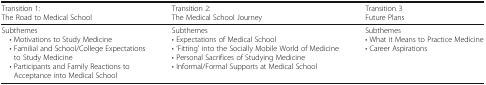
| Transition 1:The Road to Medical School | Transition 2:The Medical School Journey | Transition 3Future Plans |
 | --- | --- | --- |
 | Subthemes • Motivations to Study Medicine • Familial and School/College Expectations to Study Medicine • Participants and Family Reactions to Acceptance into Medical School | Subthemes• Expectations of Medical School• ‘Fitting’ into the Socially Mobile World of Medicine• Personal Sacrifices of Studying Medicine• Informal/Formal Supports at Medical School | Subthemes• What it Means to Practice Medicine• Career Aspirations |